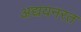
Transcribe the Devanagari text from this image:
अद्ययनरत